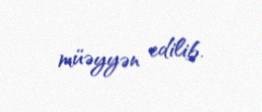
müəyyən edilib.